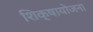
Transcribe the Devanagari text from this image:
शिक्षायोजना